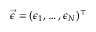
\vec { \epsilon } = ( \epsilon _ { 1 } , \ldots , \epsilon _ { N } ) ^ { \top }